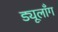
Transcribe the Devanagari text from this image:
ड्यूलाँग